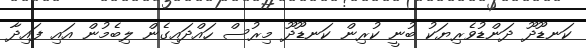
ކަނޑޫދޫ ދަންޑުވެރިޔަކު ބުނީ ކުރިން ކަނޑޫދޫ މިރުސް ހައްދައިގެން ލިބެމުން އައި ފައިދާ